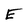
Character: E